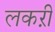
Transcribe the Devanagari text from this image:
लकऱी